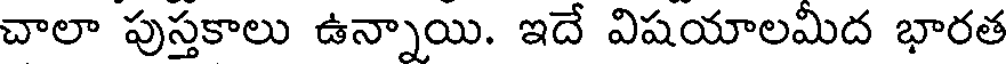
చాలా పుస్తకాలు ఉన్నాయి. ఇదే విషయాలమిద భారత